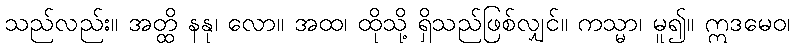
သည်လည်း။ အတ္ထိ နနု၊ လော။ အထ၊ ထိုသို့ ရှိသည်ဖြစ်လျှင်။ ကသ္မာ၊ မူ၍။ ဣဒမေဝ၊